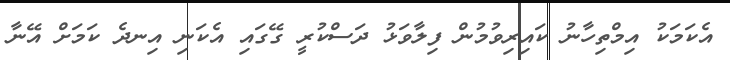
އެކަމަކު އިމްތިހާނު ކައިރިވުމުން ފިލާވަޅު ދަސްކުރީ ގޭގައި އެކަނި އިނދެ ކަމަށް އޭނާ